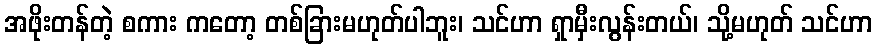
အဖိုးတန်တဲ့ စကား ကတော့ တစ်ခြားမဟုတ်ပါဘူး၊ သင်ဟာ ရှာမှီးလွန်းတယ်၊ သို့မဟုတ် သင်ဟာ